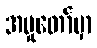
အမှုတော်မှာ